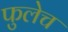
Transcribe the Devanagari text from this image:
फुलेच